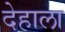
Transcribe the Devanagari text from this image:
देहाला